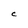
Character: C